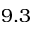
9 . 3